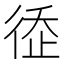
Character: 𢔗